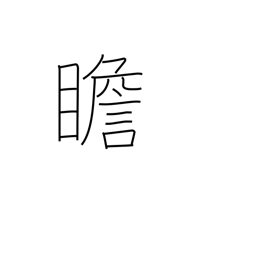
Meaning: look at